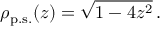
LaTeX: \rho _ { \mathrm { p . s . } } ( z ) = \sqrt { 1 - 4 z ^ { 2 } } \, .